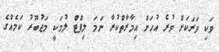
ވަކި ވަރަކަށް ވުރެ އުހަށް އިމާރާތްކުރާ ނަމަ ލިފްޓް ލުމަކީ މަޖުބޫރު ކަމެއްގެ